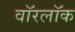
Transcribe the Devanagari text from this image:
वॉरलॉक